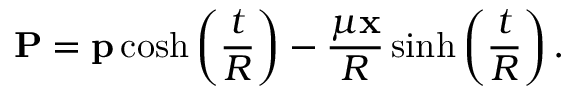
{ \bf P } = { \bf p } \cosh \left( \frac { t } { R } \right) - \frac { \mu { \bf x } } { R } \sinh \left( \frac { t } { R } \right) .